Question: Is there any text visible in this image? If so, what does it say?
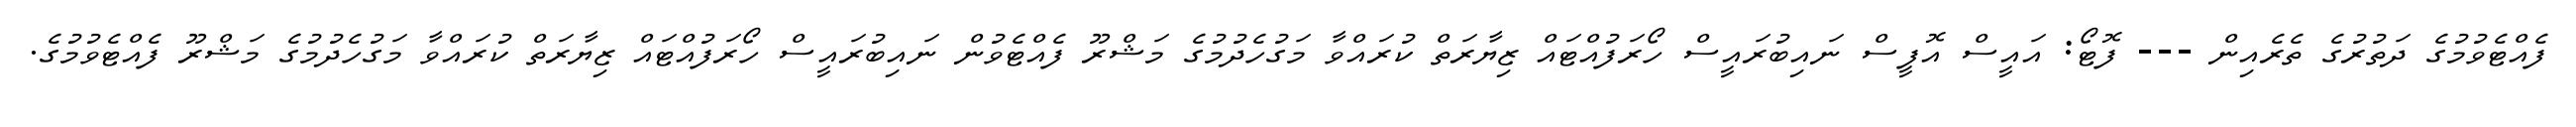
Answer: ފެއްޓެވުމުގެ ދަތުރުގެ ތެރެއިން --- ފޮޓޯ: އައީސް އޮފީސް ނައިބުރައީސް ހޯރަފުއްޓައް ޒިޔާރަތް ކުރައްވާ މަގުހެދުމުގެ މަޝްރޫ ފެއްޓެވުން ނައިބުރައީސް ހޯރަފުއްޓައް ޒިޔާރަތް ކުރައްވާ މަގުހެދުމުގެ މަޝްރޫ ފެއްޓެވުމުގެ.